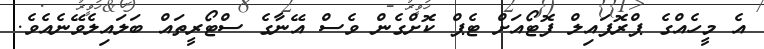
އެ މީހެއްގެ ޕްރޮފައިލް ފޮޓޯއަށް ޓެޕް ކޮށްގެން ވެސް އޭނާގެ ސްޓޯރީތައް ބަލައިލެވޭނެއެވެ.